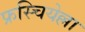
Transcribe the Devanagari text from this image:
फ्रस्चियेल्ला